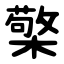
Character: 檠